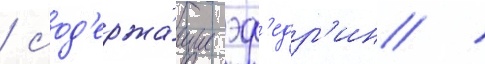
/ сод'ержа́щие эф'едр'ин /